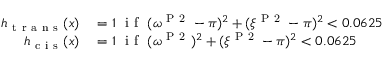
\begin{array} { r l } { h _ { \mathrm { ~ t ~ r ~ a ~ n ~ s ~ } } ( x ) } & { { } = 1 \ \mathrm { ~ i ~ f ~ } \ ( \omega ^ { \mathrm { ~ P ~ 2 ~ } } - \pi ) ^ { 2 } + ( \xi ^ { \mathrm { ~ P ~ 2 ~ } } - \pi ) ^ { 2 } < 0 . 0 6 2 5 } \\ { h _ { \mathrm { ~ c ~ i ~ s ~ } } ( x ) } & { { } = 1 \ \mathrm { ~ i ~ f ~ } \ ( \omega ^ { \mathrm { ~ P ~ 2 ~ } } ) ^ { 2 } + ( \xi ^ { \mathrm { ~ P ~ 2 ~ } } - \pi ) ^ { 2 } < 0 . 0 6 2 5 } \end{array}